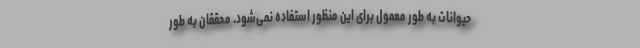
حیوانات به طور معمول برای این منظور استفاده نمی‌شود. محققان به طور